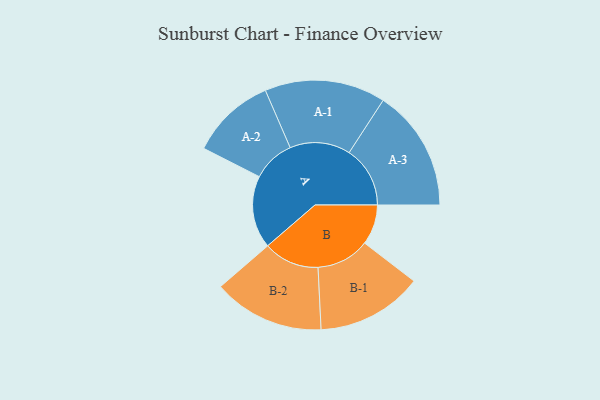
{"axis": {"x": "Segment", "y": "Value"}, "legend": ["", "A", "B"], "data": [{"x": "A", "y": 289, "type": ""}, {"x": "B", "y": 160, "type": ""}, {"x": "A-1", "y": 241, "type": "A"}, {"x": "A-2", "y": 169, "type": "A"}, {"x": "A-3", "y": 243, "type": "A"}, {"x": "B-1", "y": 212, "type": "B"}, {"x": "B-2", "y": 222, "type": "B"}]}